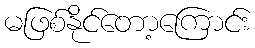
မဖြစ်နိုင်တော့ကြောင်း